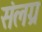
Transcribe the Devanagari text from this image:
संलग्र